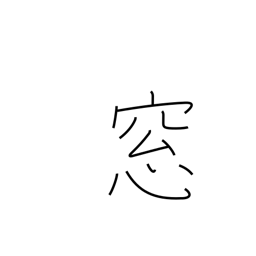
Meaning: window